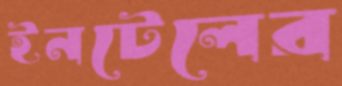
ইনটেলের